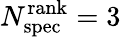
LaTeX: N_{\mathrm{spec}}^{\mathrm{rank}}=3